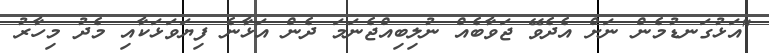
"އަޅުގަނޑުމެން ނަށް އެދެވޭ ޖަވާބެއް ނުލިބިއްޖެނަމަ ދެން އަޅާނެ ފިޔަވަޅަކާއި މެދު މިހާރު